Source: Handwritten
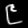
Digit: ၉ (9)